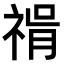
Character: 𥚝